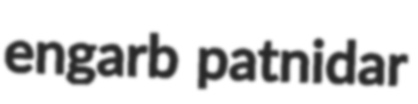
engarb patnidar